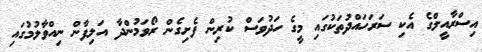
އިސްރާއީލްގެ އެކި ސަރަހައްދުތަކުގައި މީގެ ހަދުވަސް ކުރިން ފެށިގެން ރޯވަމުންދާ އަލިފާން ނިއްވާލުމުގައި